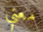
معني